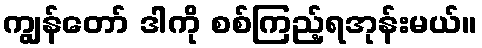
ကျွန်တော် ဒါကို စစ်ကြည့်ရအုန်းမယ်။